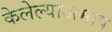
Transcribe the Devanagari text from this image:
केलेल्याअमाप